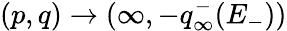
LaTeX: (p,q)\to(\infty,-q_{\infty}^{-}(E_{-}))